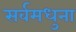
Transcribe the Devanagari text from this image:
सर्वमधुना